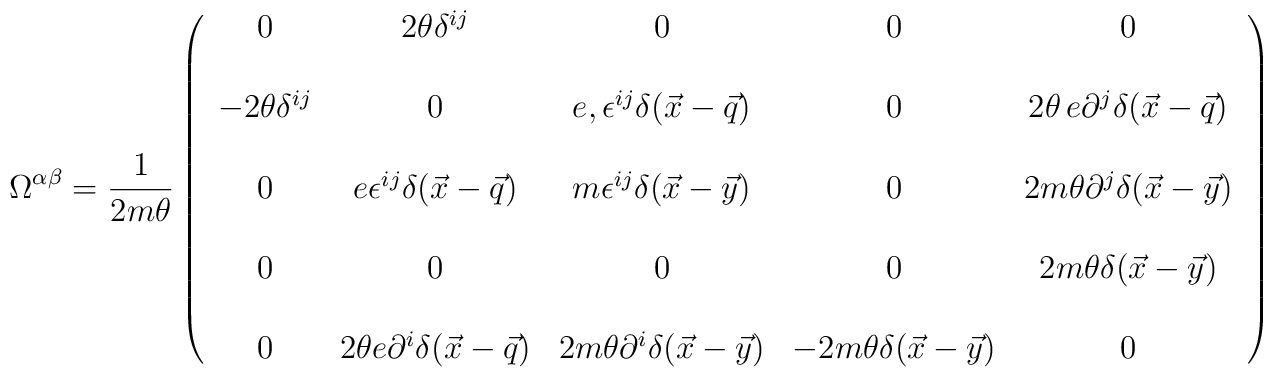
{\Omega}^{\alpha\beta} = {1\over 2m\theta}\left(\begin{array}{ccccc}0 &  2\theta\delta^{ij} & 0 & 0 & 0 \\\\-2\theta \delta^{ij} & 0 & {e}, \epsilon^{ij} \delta (\vec x - \vec q) & 0 & 2 \theta\, e  \partial^j \delta (\vec x - \vec q)  \\ \\0 & {e}  \epsilon^{ij} \delta (\vec x - \vec q)  & m  \epsilon^{ij} \delta (\vec x -\vec y) &  0 & 2m \theta  \partial^j \delta (\vec x - \vec y)  \\ \\0 &  0 & 0 & 0 & 2m \theta  \delta(\vec x -\vec y)\\\\0 & 2\theta  {e}  \partial^i \delta (\vec x - \vec q) & 2m \theta  \partial^i \delta (\vec x - \vec y) & - 2m\theta \delta(\vec x -\vec y) & 0\end{array}\right)